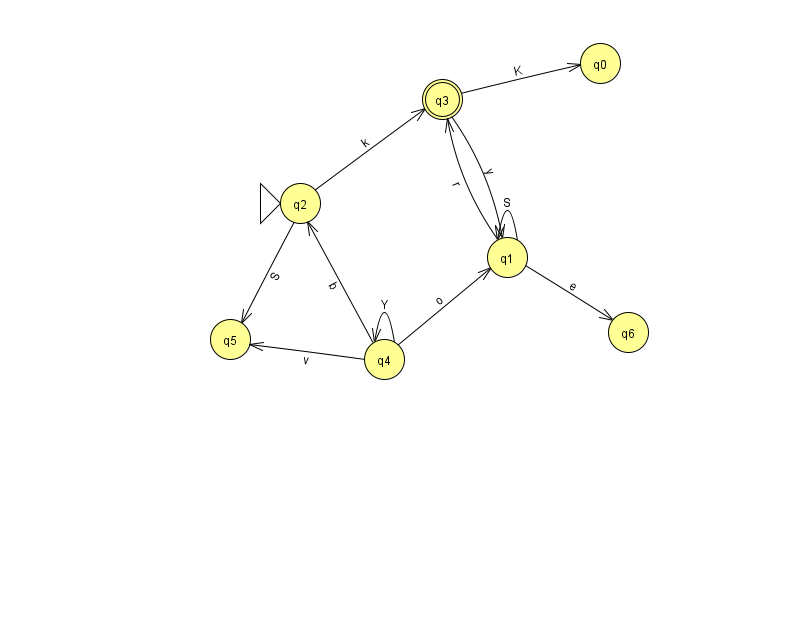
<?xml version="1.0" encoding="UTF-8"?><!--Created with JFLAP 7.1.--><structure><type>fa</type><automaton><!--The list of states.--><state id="0" name="q0"><x>600.0</x><y>50.0</y></state><state id="1" name="q1"><x>507.0</x><y>244.0</y></state><state id="2" name="q2"><x>300.0</x><y>190.0</y><initial/></state><state id="3" name="q3"><x>442.0</x><y>86.0</y><final/></state><state id="4" name="q4"><x>384.0</x><y>346.0</y></state><state id="5" name="q5"><x>230.0</x><y>326.0</y></state><state id="6" name="q6"><x>628.0</x><y>319.0</y></state><!--The list of transitions.--><transition><from>4</from><to>2</to><read>b</read></transition><transition><from>4</from><to>5</to><read>v</read></transition><transition><from>1</from><to>3</to><read>r</read></transition><transition><from>1</from><to>1</to><read>S</read></transition><transition><from>3</from><to>0</to><read>K</read></transition><transition><from>2</from><to>5</to><read>S</read></transition><transition><from>4</from><to>1</to><read>o</read></transition><transition><from>4</from><to>4</to><read>Y</read></transition><transition><from>1</from><to>6</to><read>e</read></transition><transition><from>3</from><to>1</to><read>y</read></transition><transition><from>2</from><to>3</to><read>k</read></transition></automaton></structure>